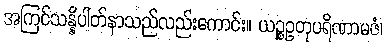
အကြင်သန္နိပါတ်နာသည်လည်းကောင်း။ ယဉ္စဥတုပရိဏာမဇံ၊